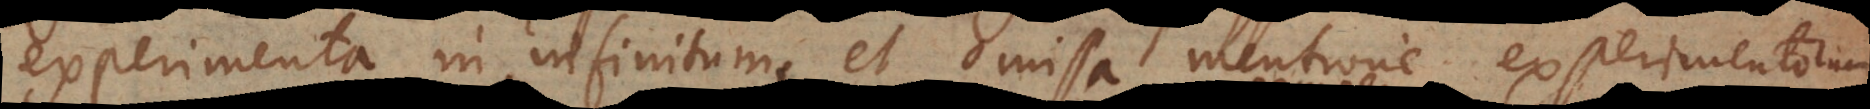
experimenta in infinitum, et omissa mentione experimentorum